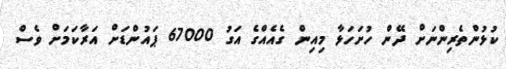
ކުޅުންތެރިންނަށް ދޭން ހުށަހަޅާ މިއިން ގެއެއްގެ އަގު 67000 ޕައުންޑަށް އަރާކަމަށް ވެސް